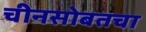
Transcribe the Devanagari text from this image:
चीनसोबतचा